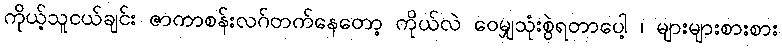
ကိုယ့်သူငယ်ချင်း ဇာကာစန်းလဂ်တက်နေတော့ ကိုယ်လဲ ဝေမျှသုံးစွဲရတာပေါ့ ၊ များများစားစား